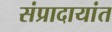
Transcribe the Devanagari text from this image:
संप्रादायांत